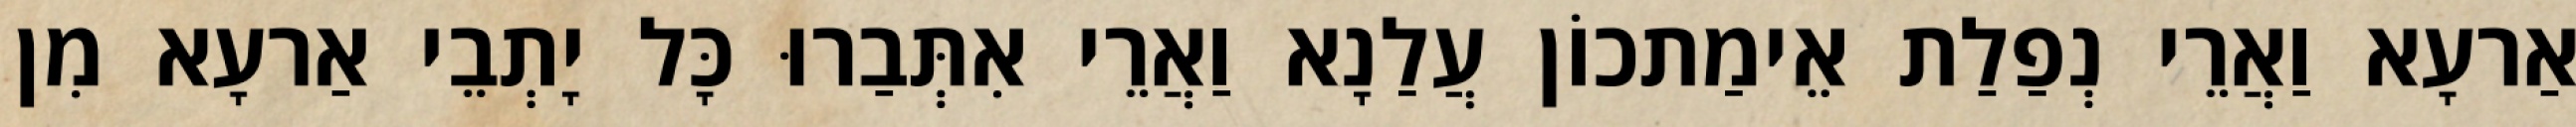
אַרעָא וַאֲרֵי נְפַלַת אֵימַתכוֹן עֲלַנָא וַאֲרֵי אִתְּבַרוּ כָּל יָתְבֵי אַרעָא מִן